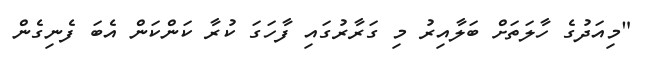
"މިއަދުގެ ހާލަތަށް ބަލާއިރު މި ގަރާރުގައި ފާހަގަ ކުރާ ކަންކަން އެބަ ފެނިގެން